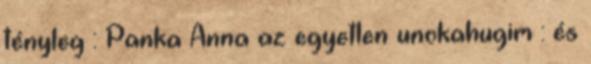
tényleg : Panka Anna az egyetlen unokahugim : és